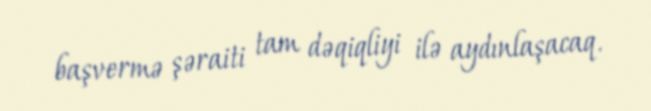
başvermə şəraiti tam dəqiqliyi ilə aydınlaşacaq.